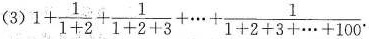
(3) $$1+ \frac{1}{1+2}+ \frac{1}{1+2+3}+ \cdots + \frac{1}{1+2+3+ \cdots +100}$$.